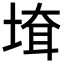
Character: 𡍲